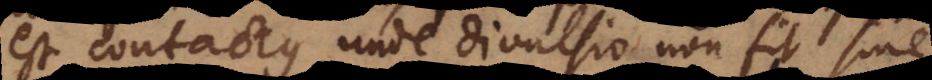
est contactus, unde divulsio non fit sine